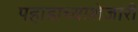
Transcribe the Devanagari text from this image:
पहाडाच्याशेजारी